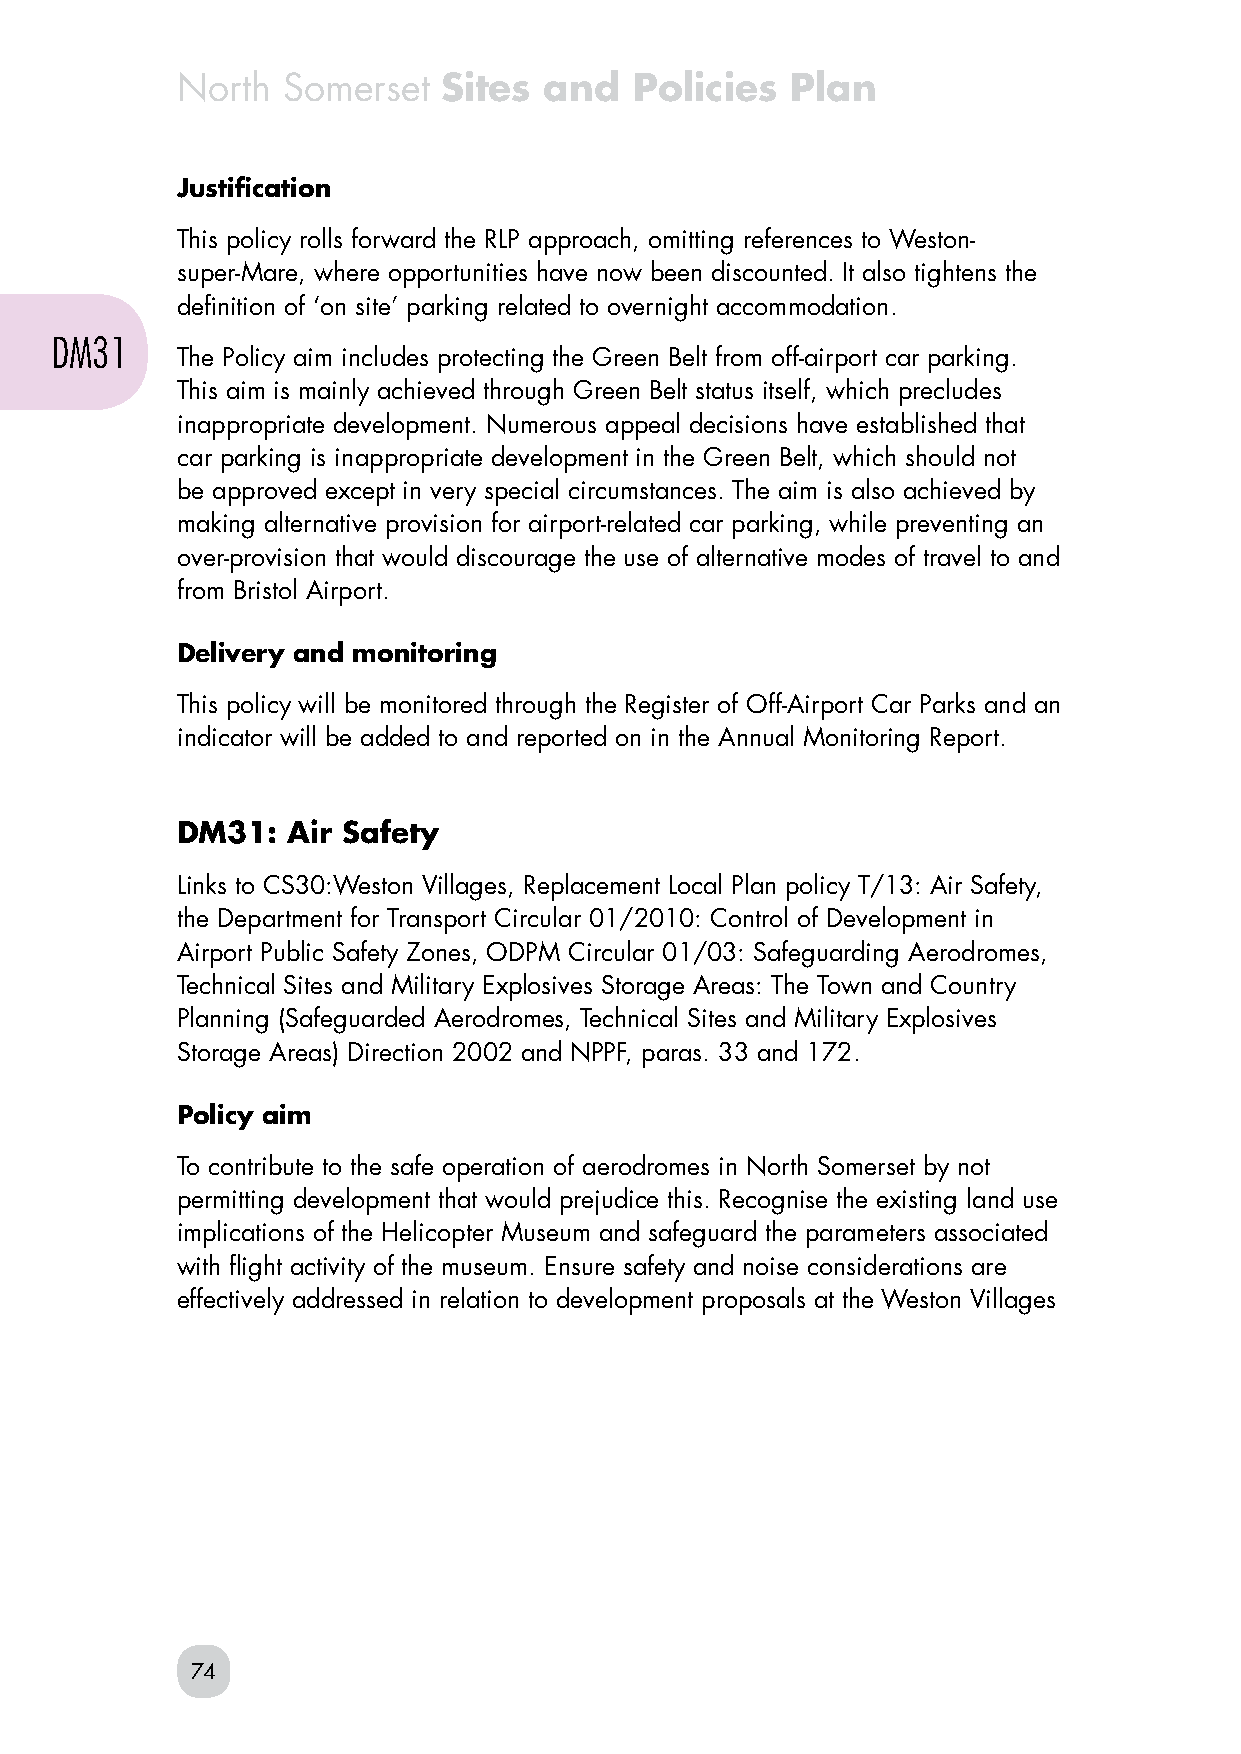
North  Somerset  Sites  and   Policies  Plan
 Justification
 This policy rolls forward the RLP approach, omitting references to Weston-
 super-Mare, where opportunities have now been discounted. It also tightens the
 definition of ‘on site’ parking related to overnight accommodation.
 DM31
 The Policy aim includes protecting the Green Belt from off-airport car parking.
 This aim is mainly achieved through Green Belt status itself, which precludes
 inappropriate development. Numerous appeal decisions have established that
 car parking is inappropriate development in the Green Belt, which should not
 be approved except in very special circumstances. The aim is also achieved by
 making alternative provision for airport-related car parking, while preventing an
 over-provision that would discourage the use of alternative modes of travel to and
 from Bristol Airport.
 Delivery and monitoring
 This policy will be monitored through the Register of Off-Airport Car Parks and an
 indicator will be added to and reported on in the Annual Monitoring Report.
 DM31:  Air Safety
 Links to CS30:Weston Villages, Replacement Local Plan policy T/13: Air Safety,
 the Department for Transport Circular 01/2010: Control of Development in
 Airport Public Safety Zones, ODPM Circular 01/03: Safeguarding Aerodromes,
 Technical Sites and Military Explosives Storage Areas: The Town and Country
 Planning (Safeguarded Aerodromes, Technical Sites and Military Explosives
 Storage Areas) Direction 2002 and NPPF, paras. 33 and 172.
 Policy aim
 To contribute to the safe operation of aerodromes in North Somerset by not
 permitting development that would prejudice this. Recognise the existing land use
 implications of the Helicopter Museum and safeguard the parameters associated
 with flight activity of the museum. Ensure safety and noise considerations are
 effectively addressed in relation to development proposals at the Weston Villages
 74